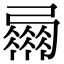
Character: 𢐴